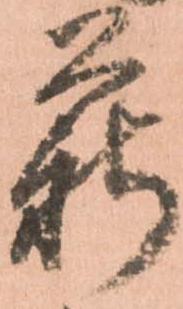
薪